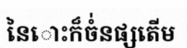
នៃោះក៏ចំ់នផ្សតើម